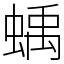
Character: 蝺